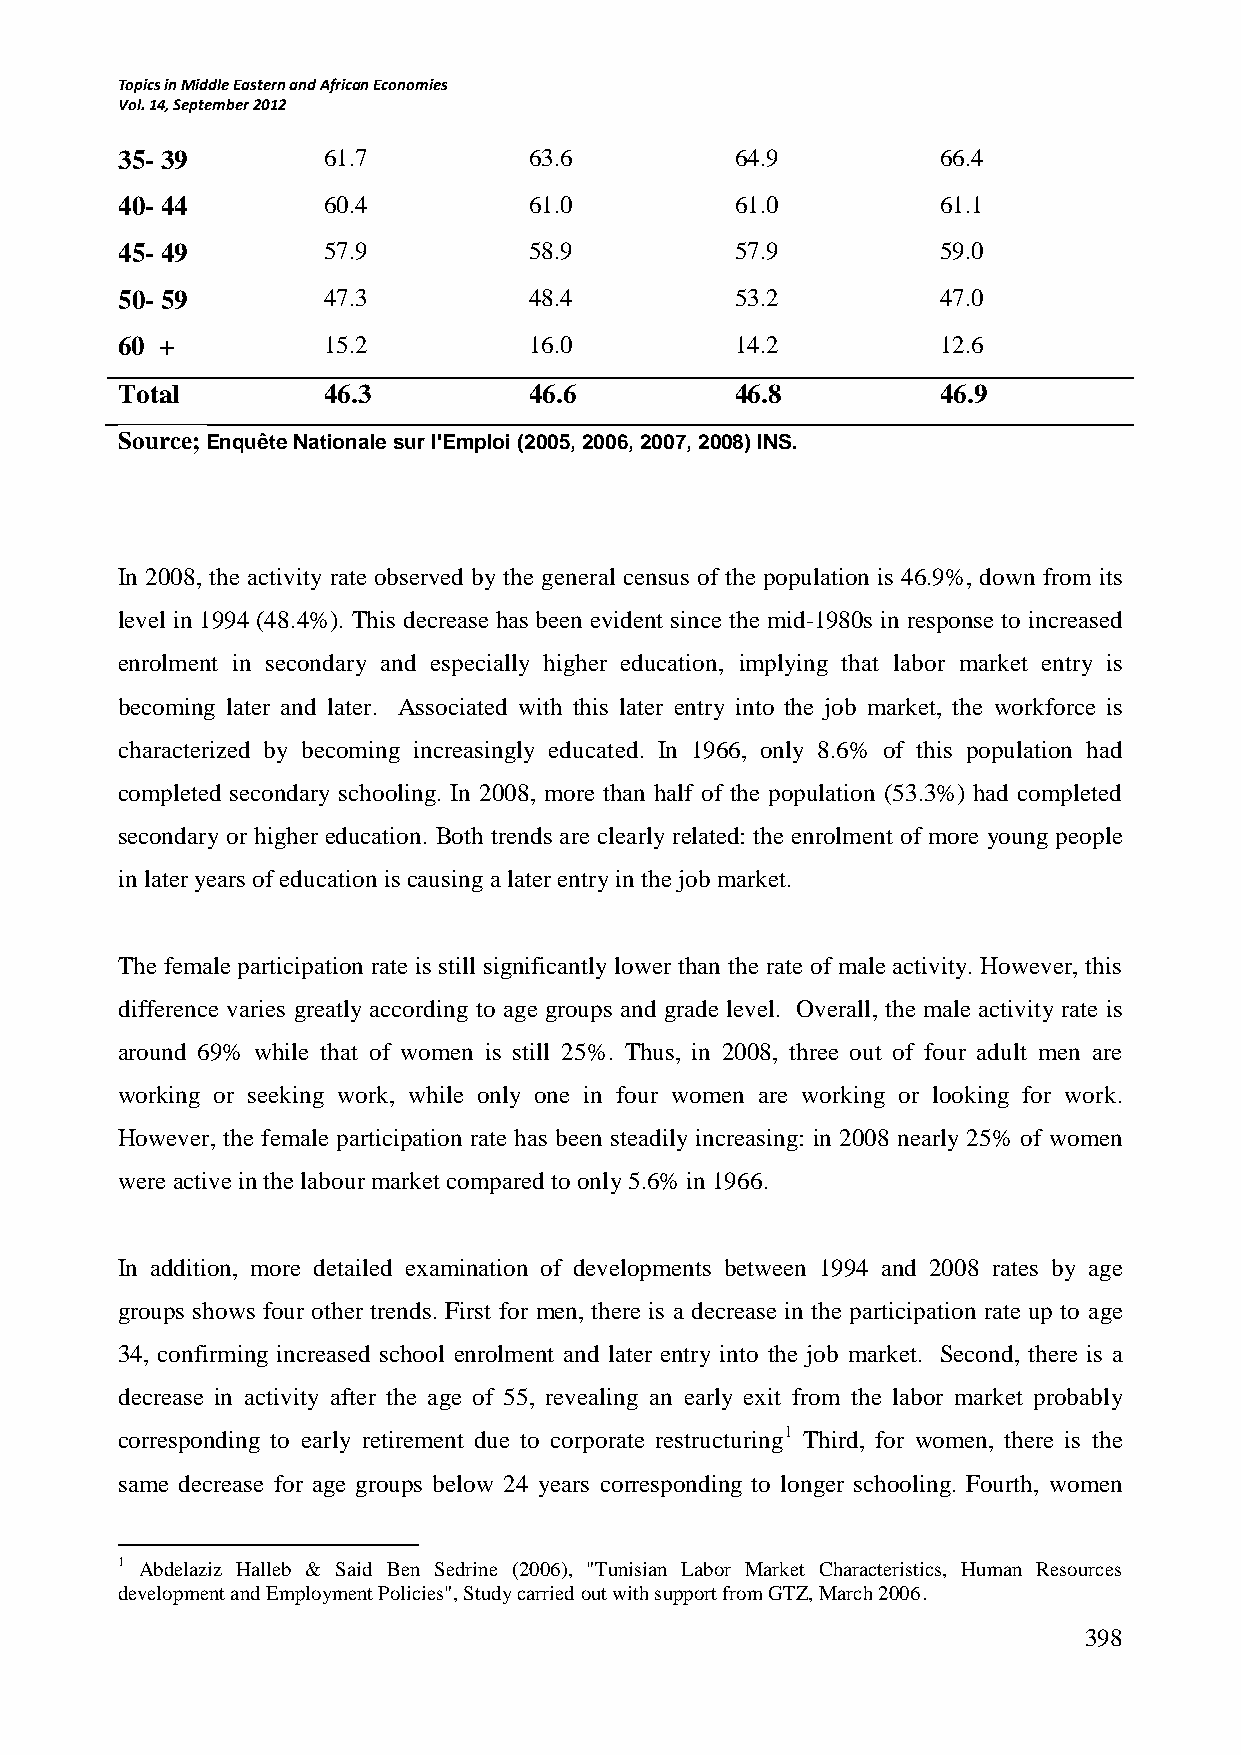
Topics in Middle Eastern and African Economies
 Vol. 14, September 2012
 35- 39       61.7          63.6          64.9         66.4
 40- 44       60.4          61.0          61.0         61.1
 45- 49       57.9          58.9          57.9         59.0
 50- 59       47.3          48.4          53.2         47.0
 60 +         15.2          16.0          14.2         12.6
 Total        46.3          46.6          46.8         46.9
 Source; Enquête Nationale sur l'Emploi (2005, 2006, 2007, 2008) INS.
 In 2008, the activity rate observed by the general census of the population is 46.9%, down from its
 level in 1994 (48.4%). This decrease has been evident since the mid-1980s in response to increased
 enrolment in secondary and especially higher education, implying that labor market entry is
 becoming later and later. Associated with this later entry into the job market, the workforce is
 characterized by becoming increasingly educated. In 1966, only 8.6% of this population had
 completed secondary schooling. In 2008, more than half of the population (53.3%) had completed
 secondary or higher education. Both trends are clearly related: the enrolment of more young people
 in later years of education is causing a later entry in the job market.
 The female participation rate is still significantly lower than the rate of male activity. However, this
 difference varies greatly according to age groups and grade level. Overall, the male activity rate is
 around 69% while that of women is still 25%. Thus, in 2008, three out of four adult men are
 working or seeking work, while only one in four women are working or looking for work.
 However, the female participation rate has been steadily increasing: in 2008 nearly 25% of women
 were active in the labour market compared to only 5.6% in 1966.
 In addition, more detailed examination of developments between 1994 and 2008 rates by age
 groups shows four other trends. First for men, there is a decrease in the participation rate up to age
 34, confirming increased school enrolment and later entry into the job market. Second, there is a
 decrease in activity after the age of 55, revealing an early exit from the labor market probably
 corresponding to early retirement due to corporate restructuring1 Third, for women, there is the
 same decrease for age groups below 24 years corresponding to longer schooling. Fourth, women
 1 Abdelaziz Halleb & Said Ben Sedrine (2006), "Tunisian Labor Market Characteristics, Human Resources
 development and Employment Policies", Study carried out with support from GTZ, March 2006.
 398